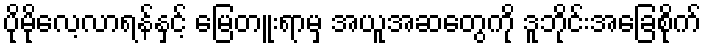
ပိုမိုလေ့လာရန်နှင့် မြေတူးရာမှ အယူအဆတွေကို ဒူဘိုင်းအခြေစိုက်